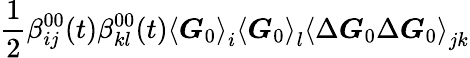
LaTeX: \frac{1}{2}\beta_{ij}^{00}(t)\beta_{kl}^{00}(t)\left\langle\boldsymbol{G}_{0}\right\rangle_{i}\left\langle\boldsymbol{G}_{0}\right\rangle_{l}\left\langle\Delta\boldsymbol{G}_{0}\Delta\boldsymbol{G}_{0}\right\rangle_{jk}